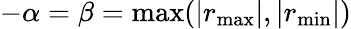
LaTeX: -\alpha=\beta=\operatorname*{max}(|r_{\operatorname*{max}}|,|r_{\operatorname*{min}}|)